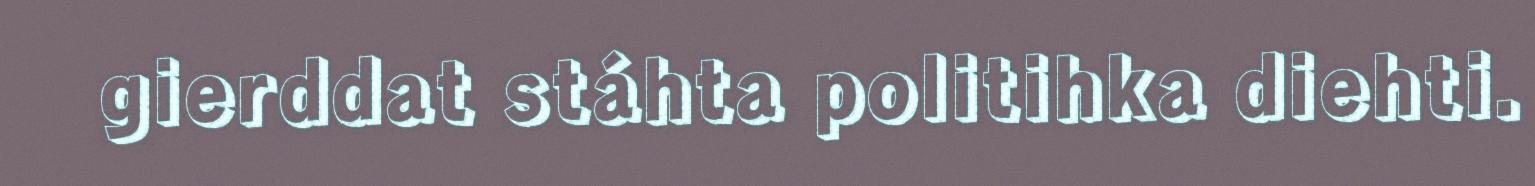
gierddat stáhta politihka diehti.